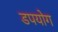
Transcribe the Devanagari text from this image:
डपयोग